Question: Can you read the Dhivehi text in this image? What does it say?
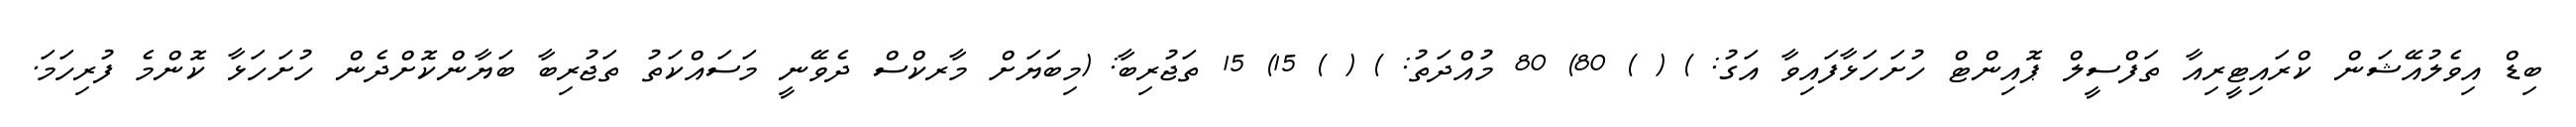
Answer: ބިޑް އިވެލުއޭޝަން ކްރައިޓީރިއާ ތަފްސީލް ޕޮއިންޓް ހުށަހަޅާފައިވާ އަގު: ) ( ) 80) 80 މުއްދަތު: ) ( ) 15) 15 ތަޖުރިބާ: (މިބަޔަށް މާރކްސް ދެވޭނީ މަސައްކަތު ތަޖުރިބާ ބަޔާންކޮށްދެން ހުށަހަޅާ ކޮންމެ ފުރިހަމަ.